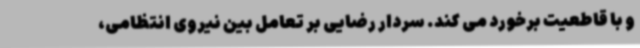
و با قاطعیت برخورد می کند. سردار رضایی بر تعامل بین نیروی انتظامی،